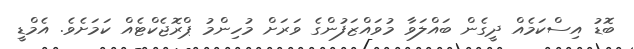
ބޮޑު އިސްކަމެއް ދީގެން ބައްލަވާ މުވައްޒަފުންގެ ވަރަށް މުހިންމު ޕްރޮޖެކްޓެއް ކަމަށެވެ. އެމްޑީ